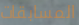
المسابقات